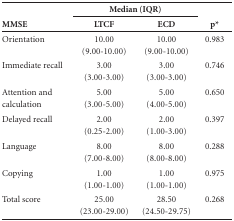
<table><thead><tr><td rowspan="2"><b>MMSE</b></td><td colspan="2"><b>Median(IQR)</b></td><td rowspan="2"><b>p*</b></td></tr><tr><td><b>LTCF</b></td><td><b>ECD</b></td></tr></thead><tbody><tr><td>Orientation</td><td>10.00(9.00-10.00)</td><td>10.00(9.00-10.00)</td><td>0.983</td></tr><tr><td>Immediate recall</td><td>3.00(3.00-3.00)</td><td>3.00(3.00-3.00)</td><td>0.746</td></tr><tr><td>Attention and calculation</td><td>5.00(3.00-5.00)</td><td>5.00(4.00-5.00)</td><td>0.650</td></tr><tr><td>Delayed recall</td><td>2.00(0.25-2.00)</td><td>2.00(1.00-3.00)</td><td>0.397</td></tr><tr><td>Language</td><td>8.00(7.00-8.00)</td><td>8.00(8.00-8.00)</td><td>0.288</td></tr><tr><td>Copying </td><td>1.00(1.00-1.00)</td><td>1.00(1.00-1.00)</td><td>0.975</td></tr><tr><td>Total score</td><td>25.00(23.00-29.00)</td><td>28.50(24.50-29.75)</td><td>0.268</td></tr></tbody></table>